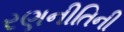
રણનીતિની